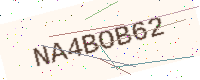
Text: NA4BOB62